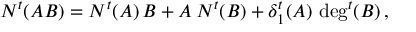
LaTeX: N ^ { t } ( A B ) = N ^ { t } ( A ) \, B + A \, N ^ { t } ( B ) + \delta _ { 1 } ^ { t } ( A ) \, \deg ^ { t } ( B ) \, ,